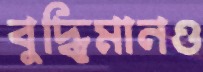
বুদ্ধিমানও